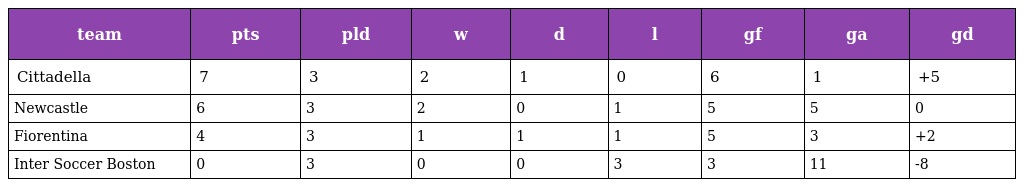
| team | pts | pld | w | d | l | gf | ga | gd |
 | --- | --- | --- | --- | --- | --- | --- | --- | --- |
 | Cittadella | 7 | 3 | 2 | 1 | 0 | 6 | 1 | +5 |
 | Newcastle | 6 | 3 | 2 | 0 | 1 | 5 | 5 | 0 |
 | Fiorentina | 4 | 3 | 1 | 1 | 1 | 5 | 3 | +2 |
 | Inter Soccer Boston | 0 | 3 | 0 | 0 | 3 | 3 | 11 | -8 |